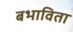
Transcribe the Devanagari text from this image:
बभाविता